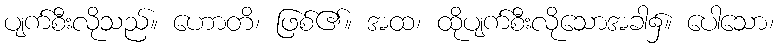
ပျက်စီးလိုသည်။ ဟောတိ၊ ဖြစ်၏။ အထ၊ ထိုပျက်စီးလိုသောအခါ၌။ ပေါသော၊